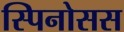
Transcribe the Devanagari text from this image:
स्पिनोसस